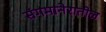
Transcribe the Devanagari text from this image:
संगमानेरातील